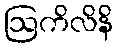
ဩကိလိနိ